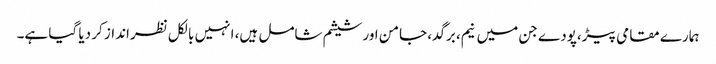
ہمارے مقامی پیڑ،پودے جن میں نیم، برگد، جامن اور شیشم شامل ہیں، انہیں بالکل نظرانداز کر دیا گیا ہے۔